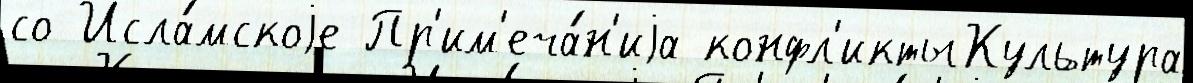
со Исла́мскоjе Пр'им'еча́н'иjа конфл'иктыКультура